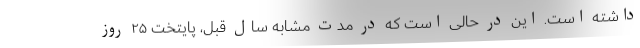
داشته است. این در حالی است که در مدت مشابه سال قبل، پایتخت ۲۵ روز